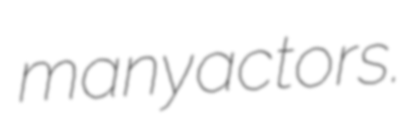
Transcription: many actors.